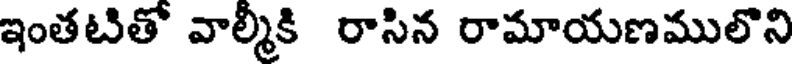
ఇంతటితో వాల్మీకి రాసిన రామాయణములొని